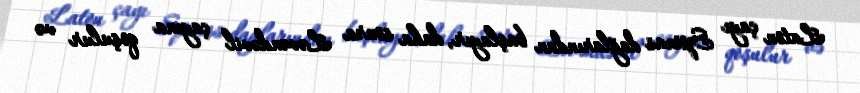
Laton çayı Spinas dağlarından başlayır, daha sonra Ləvəndəvil çayına qoşulur və